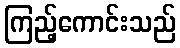
ကြည့်ကောင်းသည်